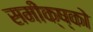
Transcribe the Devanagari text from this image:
समीक्ष्को